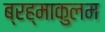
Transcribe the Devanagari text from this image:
ब्रह्माकुलम